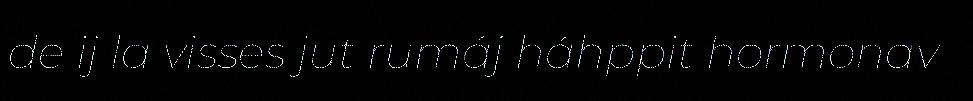
de ij la visses jut rumáj háhppit hormonav